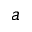
_ { a }